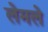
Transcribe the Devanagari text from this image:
लेमले